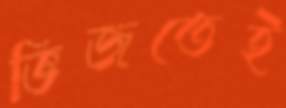
ভিজতেই